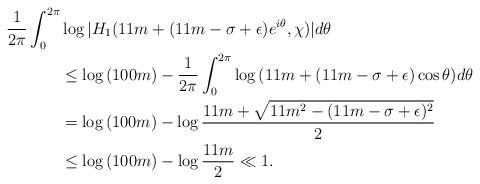
LaTeX: \begin{align*}\frac{1}{2\pi} &\int_0^{2\pi} \log{ |H_1( 11m+(11m-\sigma+\epsilon)e^{i\theta}, \chi )| } d\theta \\&\quad\quad\leq \log{(100m)} - \frac{1}{2\pi} \int_0^{2\pi} \log{(11m+(11m-\sigma+\epsilon)\cos{\theta})} d\theta \\&\quad\quad= \log{(100m)} - \log{\frac{11m+\sqrt{11m^2-(11m-\sigma+\epsilon)^2}}{2}} \\&\quad\quad\leq \log{(100m)} - \log{\frac{11m}{2}} \ll 1.\end{align*}